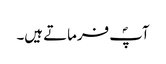
آپؐ فرماتے ہیں۔